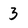
Character: 3